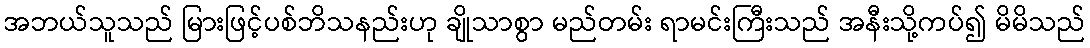
အဘယ်သူသည် မြားဖြင့်ပစ်ဘိသနည်းဟု ချိုသာစွာ မည်တမ်း ရာမင်းကြီးသည် အနီးသို့ကပ်၍ မိမိသည်